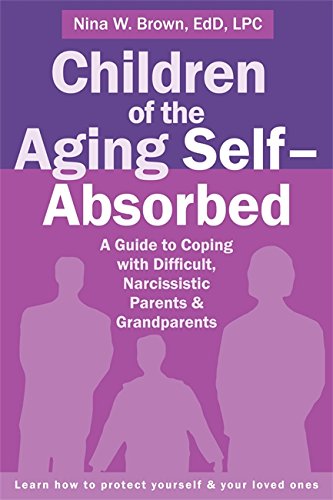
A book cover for Children of the Aging Self-Absorbed: A Guide to Coping with Difficult, Narcissistic Parents and Grandparents; Nina W Brown EdD  LPC; Parenting & Relationships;